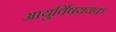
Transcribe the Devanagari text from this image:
आयुर्विषययक